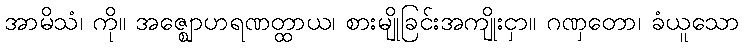
အာမိသံ၊ ကို။ အဇ္ဈောဟရဏတ္ထာယ၊ စားမျိုခြင်းအကျိုးငှာ။ ဂဏှတော၊ ခံယူသော